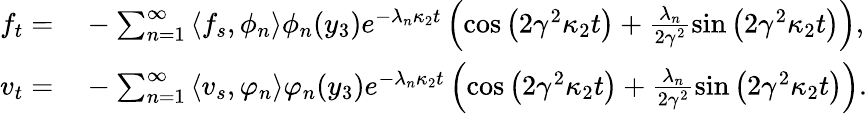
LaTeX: \begin{array}{rl}{f_{t}=}&{{}-\sum_{n=1}^{\infty}\left\langle f_{s},\phi_{n}\right\rangle\phi_{n}(y_{3})e^{-\lambda_{n}\kappa_{2}t}\left(\cos\left(2\gamma^{2}\kappa_{2}t\right)+\frac{\lambda_{n}}{2\gamma^{2}}\sin\left(2\gamma^{2}\kappa_{2}t\right)\right),}\\ {v_{t}=}&{{}-\sum_{n=1}^{\infty}\left\langle v_{s},\varphi_{n}\right\rangle\varphi_{n}(y_{3})e^{-\lambda_{n}\kappa_{2}t}\left(\cos\left(2\gamma^{2}\kappa_{2}t\right)+\frac{\lambda_{n}}{2\gamma^{2}}\sin\left(2\gamma^{2}\kappa_{2}t\right)\right).}\end{array}